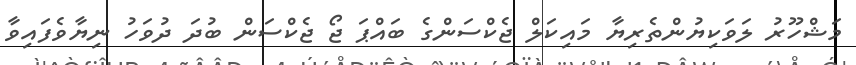
މަޝްހޫރު ލަވަކިޔުންތެރިޔާ މައިކަލް ޖެކްސަންގެ ބައްޕަ ޖޯ ޖެކްސަން ބުދަ ދުވަހު ނިޔާވެފައިވާ